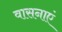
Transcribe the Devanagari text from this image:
वासनाएं